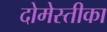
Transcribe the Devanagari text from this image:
दोमेस्तीका